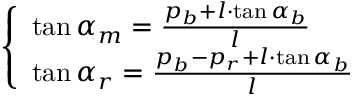
\left\{ \begin{array} { l l } { \tan \alpha _ { m } = { \frac { p _ { b } + l \cdot \tan \alpha _ { b } } { l } } } \\ { \tan \alpha _ { r } = { \frac { p _ { b } - p _ { r } + l \cdot \tan \alpha _ { b } } { l } } } \end{array} \right.